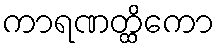
ကာရဏတ္ထိကော